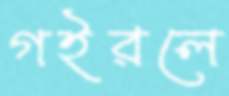
গইরলে